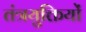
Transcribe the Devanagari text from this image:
तंत्रयुक्तियों